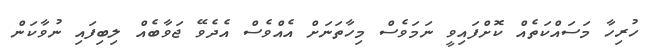
ހުރިހާ މަސައްކަތެއް ކޮށްފައިވީ ނަމަވެސް މިހާތަނަށް އެއްވެސް އެދެވޭ ޖަވާބެއް ލިބިފައި ނުވާކަން